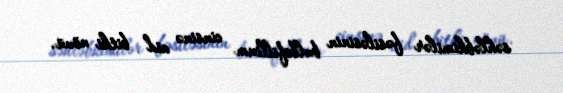
səhləbkimilər fəsiləsinin bulbofillium cinsinə aid bitki növü.